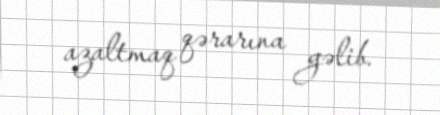
azaltmaq qərarına gəlib.